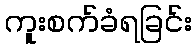
ကူးစက်ခံရခြင်း